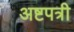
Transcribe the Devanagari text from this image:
अष्टपत्री